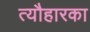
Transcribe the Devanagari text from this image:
त्यौहारका